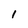
Character: 1